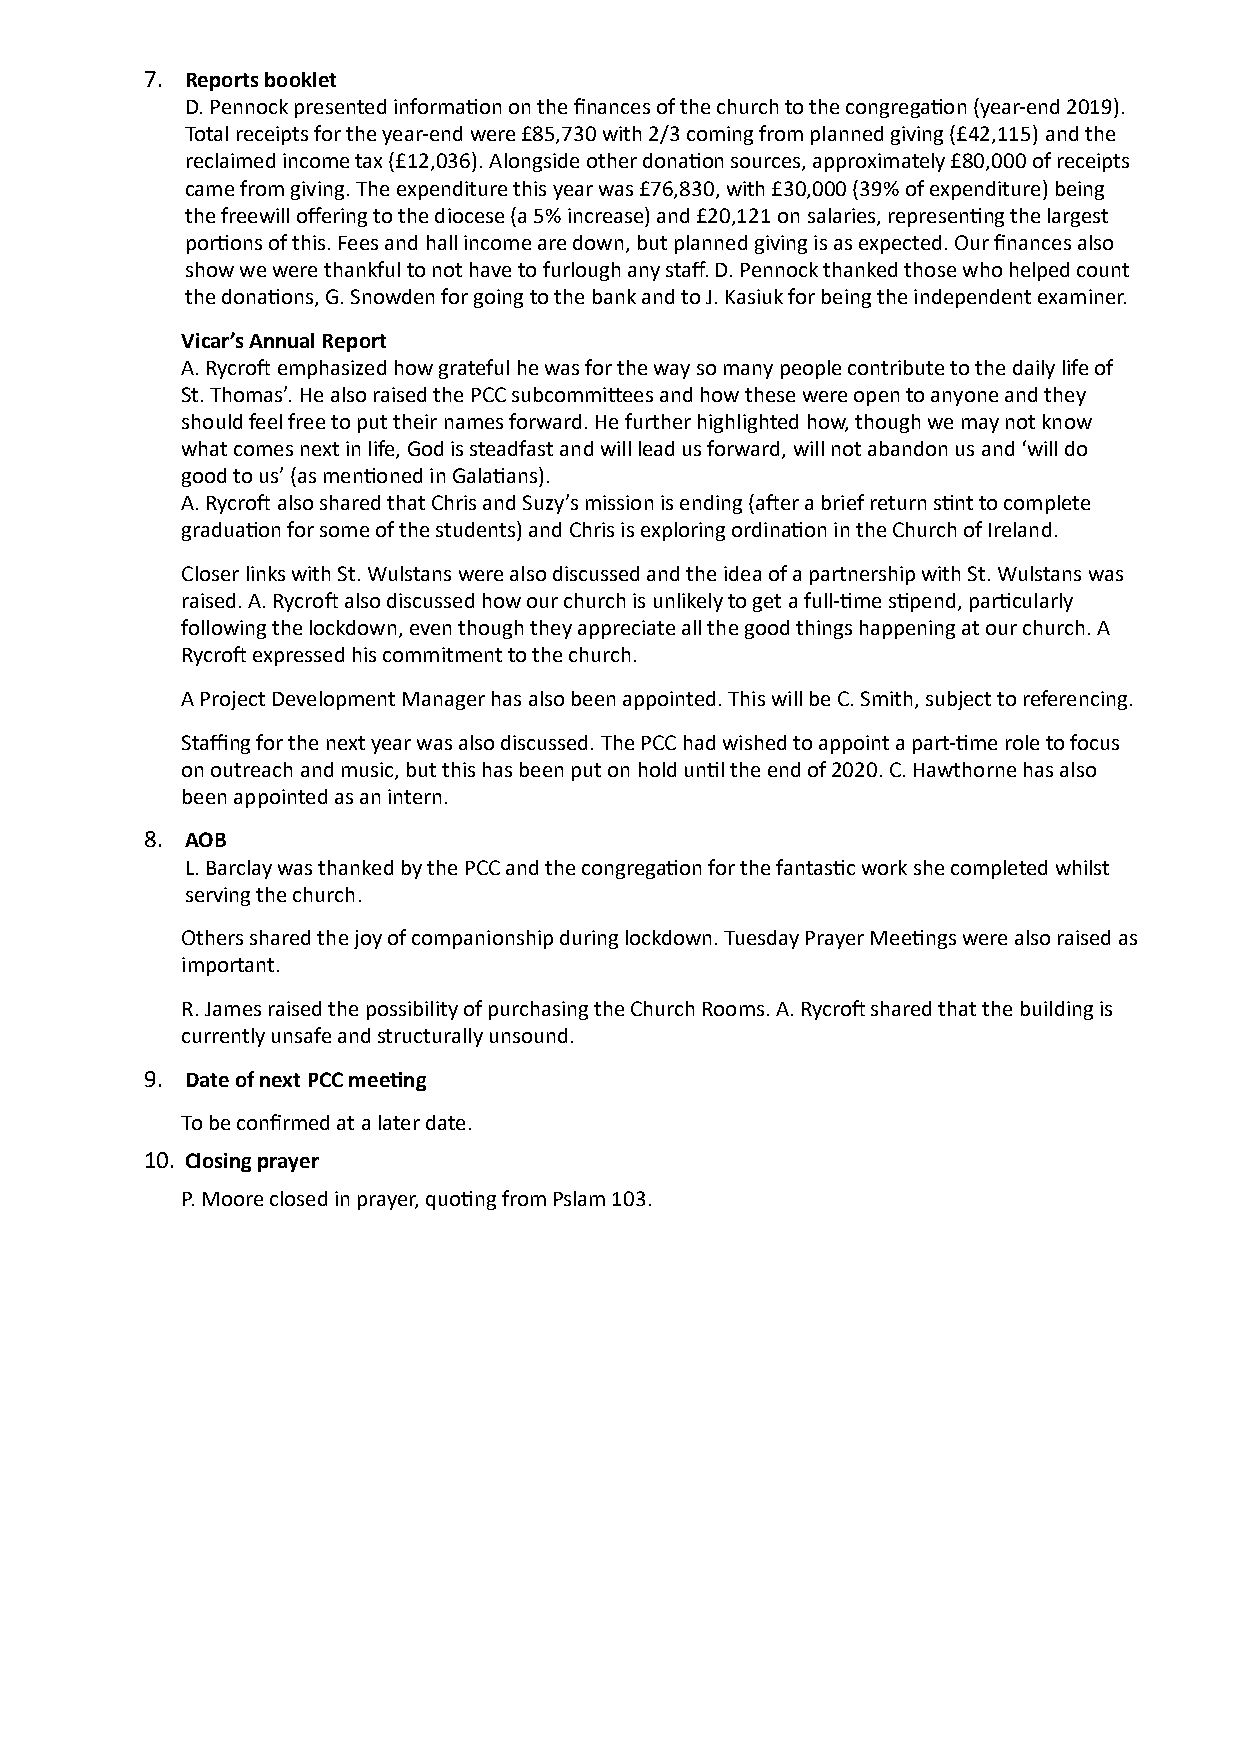
7. Reports booklet
 D. Pennock presented informaYon on the finances of the church to the congregaYon (year-end 2019).
 Total receipts for the year-end were £85,730 with 2/3 coming from planned giving (£42,115) and the
 reclaimed income tax (£12,036). Alongside other donaYon sources, approximately £80,000 of receipts
 came from giving. The expenditure this year was £76,830, with £30,000 (39% of expenditure) being
 the freewill offering to the diocese (a 5% increase) and £20,121 on salaries, represenYng the largest
 porYons of this. Fees and hall income are down, but planned giving is as expected. Our finances also
 show we were thankful to not have to furlough any staff. D. Pennock thanked those who helped count
 the donaYons, G. Snowden for going to the bank and to J. Kasiuk for being the independent examiner.
 Vicar’s Annual Report
 A. RycroA emphasized how grateful he was for the way so many people contribute to the daily life of
 St. Thomas’. He also raised the PCC subcommi]ees and how these were open to anyone and they
 should feel free to put their names forward. He further highlighted how, though we may not know
 what comes next in life, God is steadfast and will lead us forward, will not abandon us and ‘will do
 good to us’ (as menYoned in GalaYans).
 A. RycroA also shared that Chris and Suzy’s mission is ending (aAer a brief return sYnt to complete
 graduaYon for some of the students) and Chris is exploring ordinaYon in the Church of Ireland.
 Closer links with St. Wulstans were also discussed and the idea of a partnership with St. Wulstans was
 raised. A. RycroA also discussed how our church is unlikely to get a full-Yme sYpend, parYcularly
 following the lockdown, even though they appreciate all the good things happening at our church. A
 RycroA expressed his commitment to the church.
 A Project Development Manager has also been appointed. This will be C. Smith, subject to referencing.
 Staffing for the next year was also discussed. The PCC had wished to appoint a part-Yme role to focus
 on outreach and music, but this has been put on hold unYl the end of 2020. C. Hawthorne has also
 been appointed as an intern.
 8. AOB
 L. Barclay was thanked by the PCC and the congregaYon for the fantasYc work she completed whilst
 serving the church.
 Others shared the joy of companionship during lockdown. Tuesday Prayer MeeYngs were also raised as
 important.
 R. James raised the possibility of purchasing the Church Rooms. A. RycroA shared that the building is
 currently unsafe and structurally unsound.
 9. Date of next PCC meeRng
 To be confirmed at a later date.
 10. Closing prayer
 P. Moore closed in prayer, quoYng from Pslam 103.